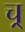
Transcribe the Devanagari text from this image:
च्र्